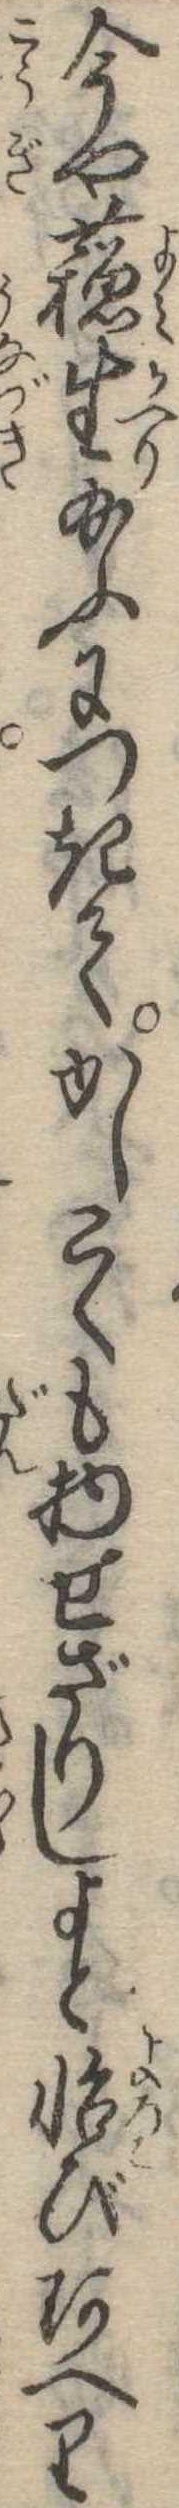
今や蘇生給ふにつきてかしこくも物せざりしよと怡びあへり